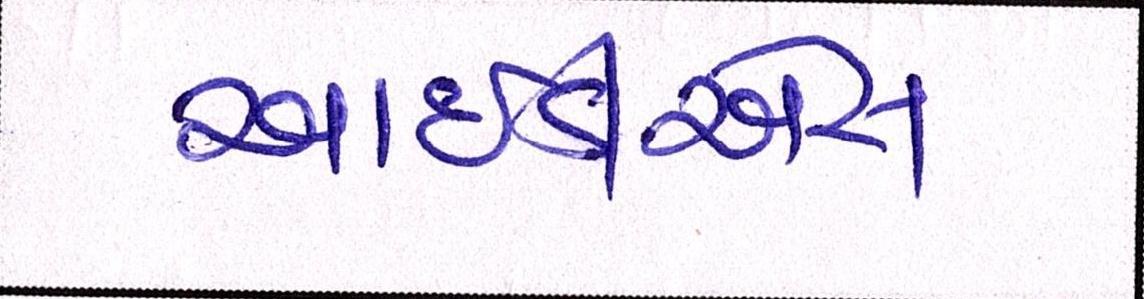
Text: આઈડીએસ